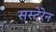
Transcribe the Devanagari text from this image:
सस्टेरेन